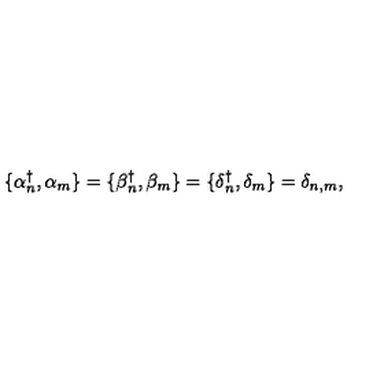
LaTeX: \{ \alpha { ^ \dagger _ { n } } , \alpha _ { m } \} = \{ \beta { _ n ^ { \dagger } } , \beta _ { m } \} = \{ \delta { _ n ^ { \dagger } } , \delta _ { m } \} = \delta _ { n , m } ,